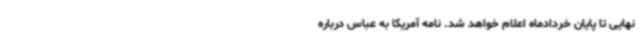
نهایی تا پایان خردادماه اعلام خواهد شد. نامه آمریکا به عباس درباره